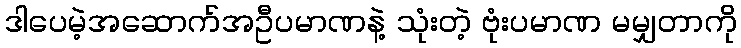
ဒါပေမဲ့အဆောက်အဦပမာဏနဲ့ သုံးတဲ့ ဗုံးပမာဏ မမျှတာကို